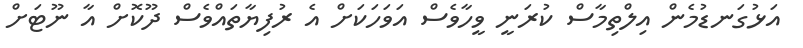
އަޅުގަނޑުމެން އިލްތިމާސް ކުރަނީ ވީހާވެސް އަވަހަކަށް އެ ރުފިޔާތައްވެސް ދޫކޮށް އާ ނޫޓަށް